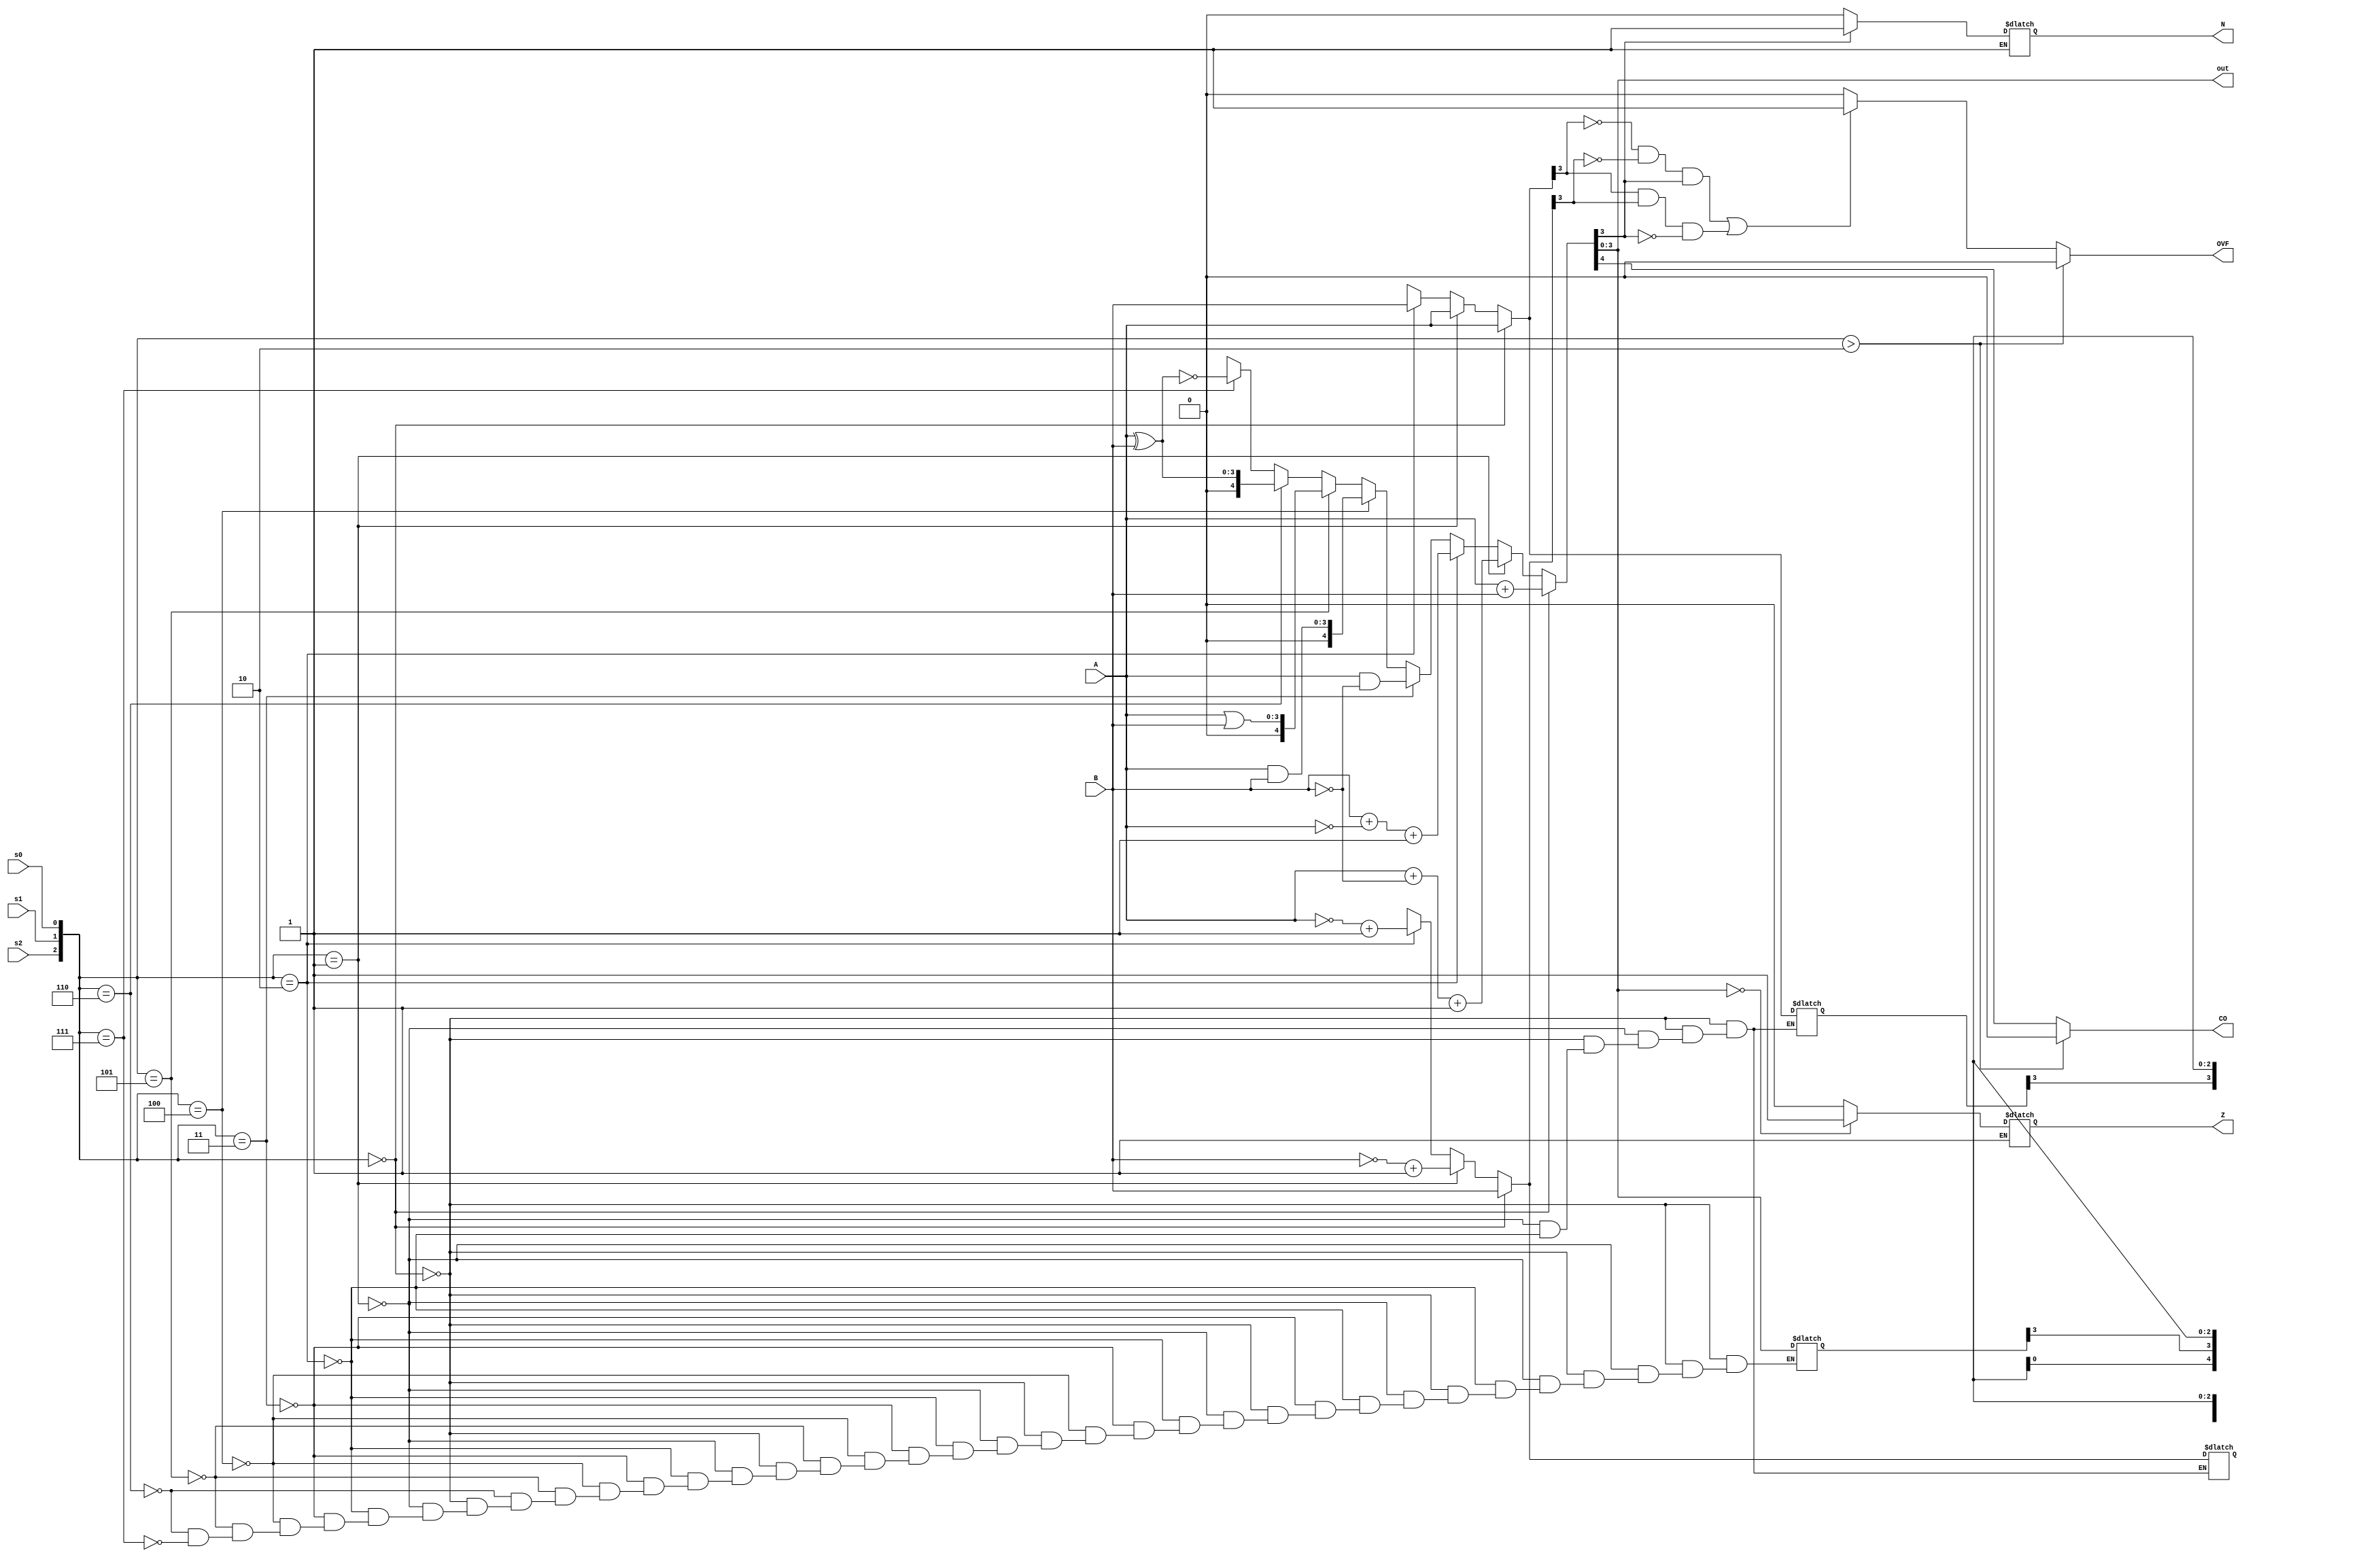
//Cahit Yusuf Ta - 1937465
//cyusuftas@gmail.com

module ALU #(parameter W=4)(A, B, s2, s1, s0, CO, OVF, N, Z, out);
	
	//inputs and outputs
	input [W-1:0] A, B;
	input s0, s1, s2;
	
	output reg [W-1:0] out;
	output reg CO, OVF, N, Z;
	
	//internal registers
	reg [W-1:0] opr_1, opr_2;
	reg [W:0] result;
	reg nz_flag, oc_flag;
	
	//initially everything is 0
	initial begin
		CO = 0;
		OVF = 0;
		N = 0;
		Z = 0;
		nz_flag = 0;
		oc_flag = 0;
	end
	
	//* is used so it is updated whenever any input changes
	always @ (*) 
	begin
		//set whether to update flags or not
		if({s2,s1,s0} > 3'b010) begin
			nz_flag = 1;
			oc_flag = 0;
		end else begin
			nz_flag = 1;
			oc_flag = 1;
		end
		
		//arithmetic and logic operations
		if({s2,s1,s0} == 3'b000) begin
			opr_1 = A;
			opr_2 = B;
			result = A + B;
		end else if({s2,s1,s0} == 3'b001) begin
			opr_1 = A;
			opr_2 = ~B + 1'b1; 
			result = A + ~B + 1'b1;
		end else if({s2,s1,s0} == 3'b010) begin
			opr_1 = B;
			opr_2 = ~A + 1'b1;
			result = B + ~A + 1'b1;
		end else if({s2,s1,s0} == 3'b011) begin
			result = A & ~B;
		end else if({s2,s1,s0} == 3'b100) begin
			result = A & B;
		end else if({s2,s1,s0} == 3'b101) begin
			result = A | B;
		end else if({s2,s1,s0} == 3'b110) begin
			result = A ^ B;
		end else if({s2,s1,s0} == 3'b111) begin
			result = ~(A ^ B);
		end
	
		//check and evaluate N and Z flags
		if(nz_flag == 1) begin
			if(result[W-1] == 1) begin
				N = 1;
			end else begin
				N = 0;
			end
			
			if(result[W-1:0] == 0) begin
				Z = 1;
			end else begin
				Z = 0;
			end
		end
		
		//check and evaluate CO and OVF flags
		if(oc_flag == 1) begin
			CO	= result[W];
			OVF = ((opr_1[W-1] == 0 & opr_2[W-1] == 0 & result[W-1] == 1) | (opr_1[W-1] == 1 & opr_2[W-1] == 1 & result[W-1] == 0)) ? 1 : 0; //result[W] ^ result[W-1];
		end else begin
			CO = 0;
			OVF = 0;
		end
	
		out = result[W-1:0];
	end

endmodule